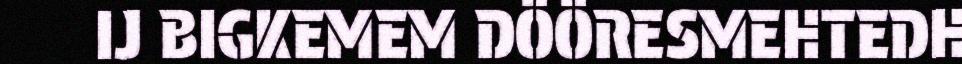
IJ BIGKEMEM DÖÖRESMEHTEDH